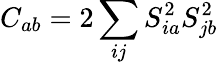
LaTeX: C_{ab}=2\sum_{ij}S_{ia}^{2}S_{jb}^{2}